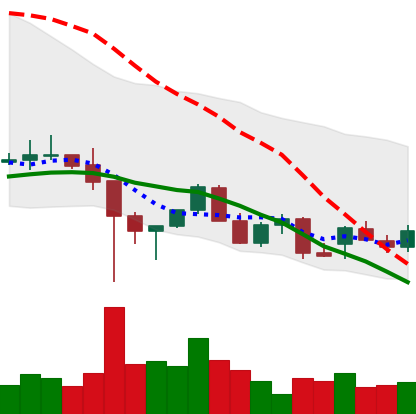
Ticker: LINK-USD
Chart end date: 2021-12-18
Forward return: 13.439%
Label: up_7plus